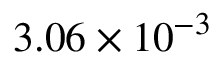
3 . 0 6 \times 1 0 ^ { - 3 }